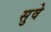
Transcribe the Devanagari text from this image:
सुवे